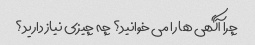
چرا آگهی ها را می خوانید؟ چه چیزی نیاز دارید؟